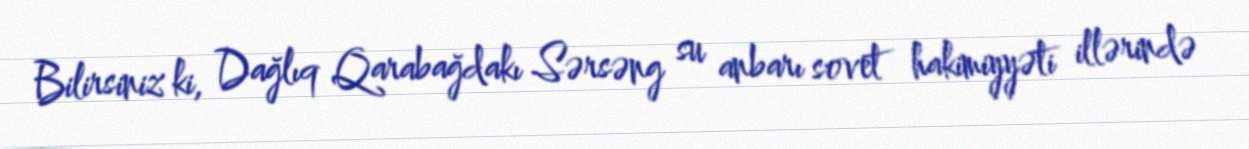
Bilirsiniz ki, Dağlıq Qarabağdakı Sərsəng su anbarı sovet hakimiyyəti illərində